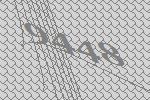
9448